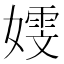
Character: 𫱭